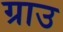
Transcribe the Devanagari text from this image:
ग्राउ